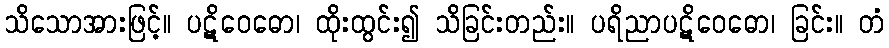
သိသောအားဖြင့်။ ပဋိဝေဓော၊ ထိုးထွင်း၍ သိခြင်းတည်း။ ပရိညာပဋိဝေဓော၊ ခြင်း။ တံ